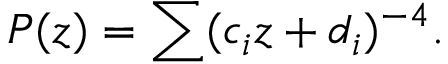
\displaystyle { P ( z ) = \sum ( c _ { i } z + d _ { i } ) ^ { - 4 } . }